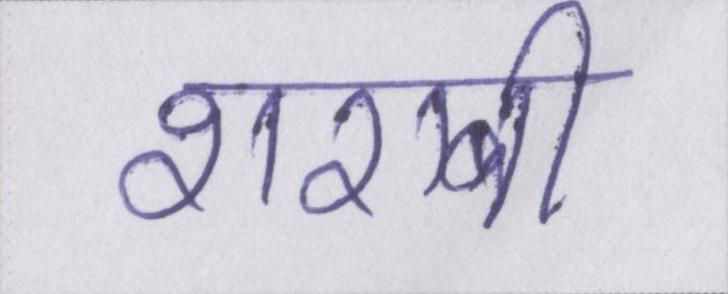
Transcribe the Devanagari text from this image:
शराबी